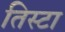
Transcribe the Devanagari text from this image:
तिस्टा